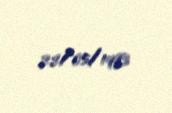
22/05/1993